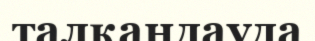
талқандауда